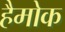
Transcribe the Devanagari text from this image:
हैमोक